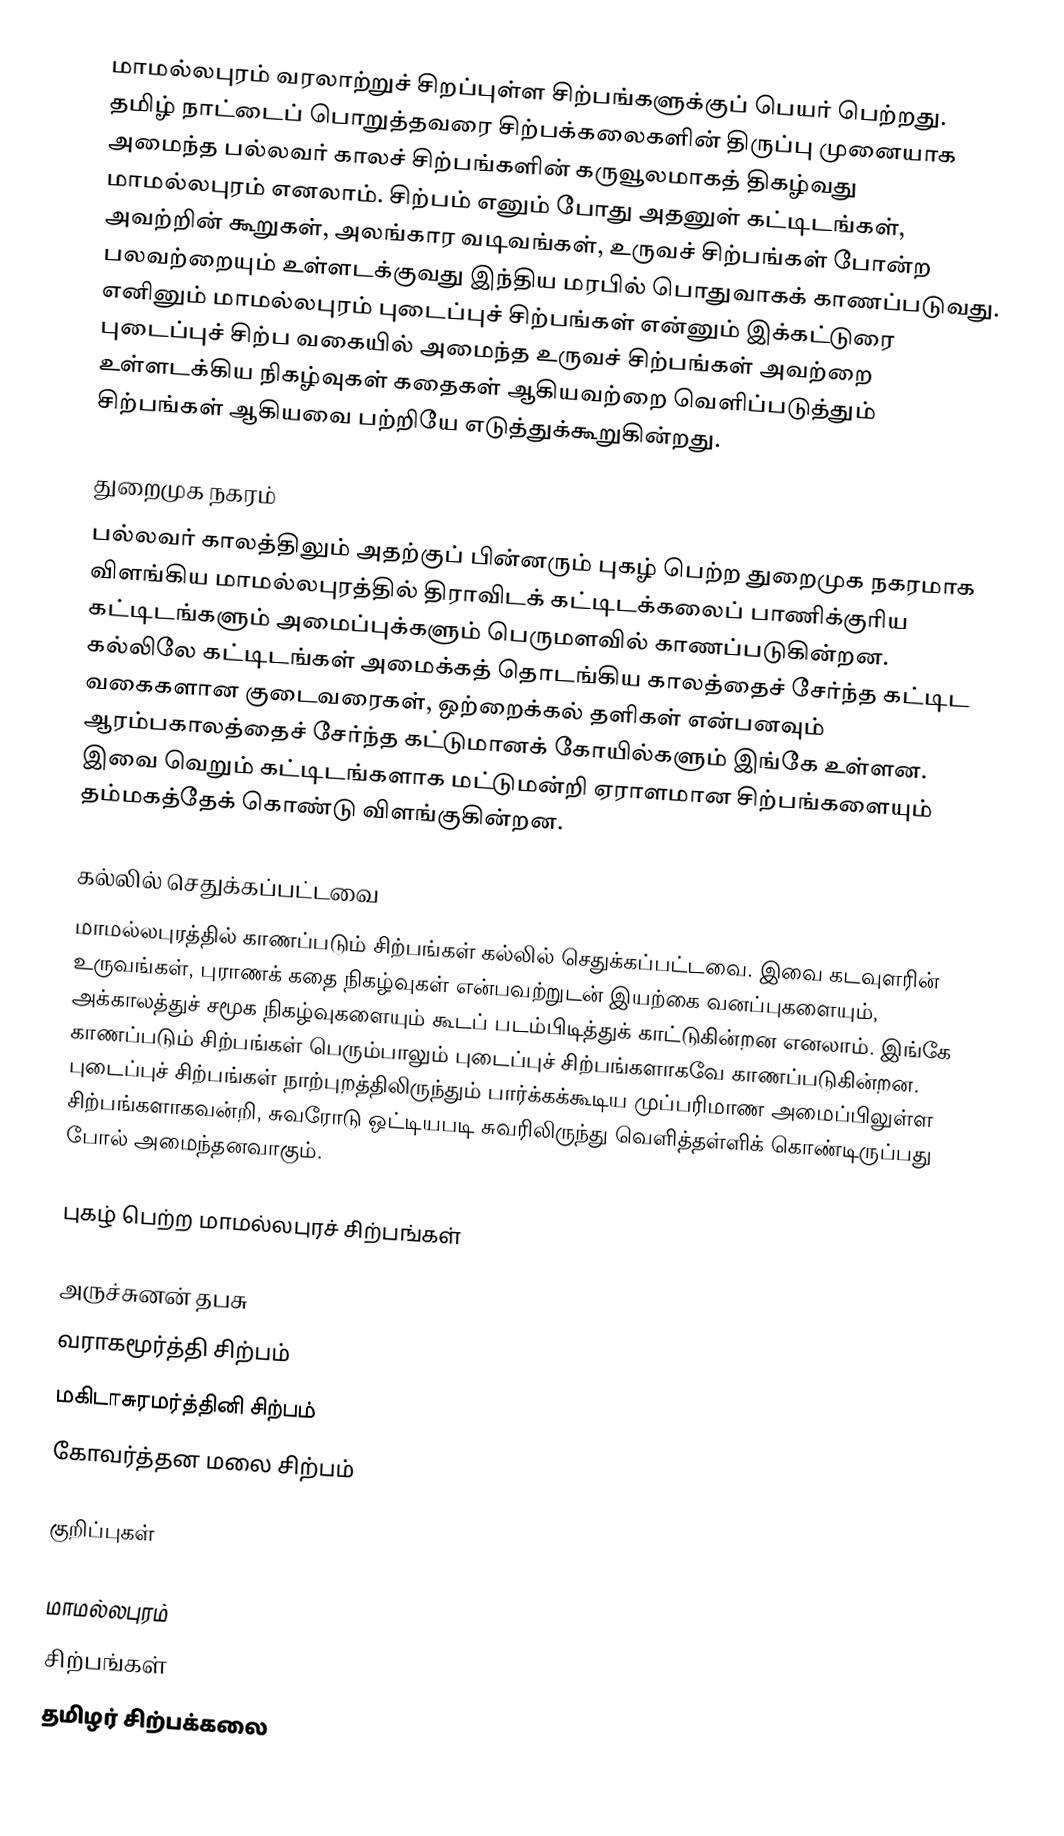
மாமல்லபுரம் வரலாற்றுச் சிறப்புள்ள சிற்பங்களுக்குப் பெயர் பெற்றது. தமிழ் நாட்டைப் பொறுத்தவரை சிற்பக்கலைகளின் திருப்பு முனையாக அமைந்த பல்லவர் காலச் சிற்பங்களின் கருவூலமாகத் திகழ்வது மாமல்லபுரம் எனலாம். சிற்பம் எனும் போது அதனுள் கட்டிடங்கள், அவற்றின் கூறுகள், அலங்கார வடிவங்கள், உருவச் சிற்பங்கள் போன்ற பலவற்றையும் உள்ளடக்குவது இந்திய மரபில் பொதுவாகக் காணப்படுவது. எனினும் மாமல்லபுரம் புடைப்புச் சிற்பங்கள் என்னும் இக்கட்டுரை புடைப்புச் சிற்ப வகையில் அமைந்த உருவச் சிற்பங்கள் அவற்றை உள்ளடக்கிய நிகழ்வுகள் கதைகள் ஆகியவற்றை வெளிப்படுத்தும் சிற்பங்கள் ஆகியவை பற்றியே எடுத்துக்கூறுகின்றது.

துறைமுக நகரம்
பல்லவர் காலத்திலும் அதற்குப் பின்னரும் புகழ் பெற்ற துறைமுக நகரமாக விளங்கிய மாமல்லபுரத்தில் திராவிடக் கட்டிடக்கலைப் பாணிக்குரிய கட்டிடங்களும் அமைப்புக்களும் பெருமளவில் காணப்படுகின்றன. கல்லிலே கட்டிடங்கள் அமைக்கத் தொடங்கிய காலத்தைச் சேர்ந்த கட்டிட வகைகளான குடைவரைகள், ஒற்றைக்கல் தளிகள் என்பனவும் ஆரம்பகாலத்தைச் சேர்ந்த கட்டுமானக் கோயில்களும் இங்கே உள்ளன. இவை வெறும் கட்டிடங்களாக மட்டுமன்றி ஏராளமான சிற்பங்களையும் தம்மகத்தேக் கொண்டு விளங்குகின்றன.

கல்லில் செதுக்கப்பட்டவை
மாமல்லபுரத்தில் காணப்படும் சிற்பங்கள் கல்லில் செதுக்கப்பட்டவை. இவை கடவுளரின் உருவங்கள், புராணக் கதை நிகழ்வுகள் என்பவற்றுடன் இயற்கை வனப்புகளையும், அக்காலத்துச் சமூக நிகழ்வுகளையும் கூடப் படம்பிடித்துக் காட்டுகின்றன எனலாம். இங்கே காணப்படும் சிற்பங்கள் பெரும்பாலும் புடைப்புச் சிற்பங்களாகவே காணப்படுகின்றன. புடைப்புச் சிற்பங்கள் நாற்புறத்திலிருந்தும் பார்க்கக்கூடிய முப்பரிமாண அமைப்பிலுள்ள சிற்பங்களாகவன்றி, சுவரோடு ஒட்டியபடி சுவரிலிருந்து வெளித்தள்ளிக் கொண்டிருப்பது போல் அமைந்தனவாகும்.

புகழ் பெற்ற மாமல்லபுரச் சிற்பங்கள்

 அருச்சுனன் தபசு
 வராகமூர்த்தி சிற்பம்
 மகிடாசுரமர்த்தினி சிற்பம்
 கோவர்த்தன மலை சிற்பம்

குறிப்புகள்

மாமல்லபுரம்
சிற்பங்கள்
தமிழர் சிற்பக்கலை